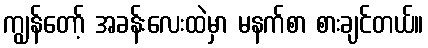
ကျွန်တော့် အခန်းလေးထဲမှာ မနက်စာ စားချင်တယ်။